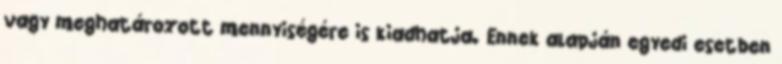
vagy meghatározott mennyiségére is kiadhatja. Ennek alapján egyedi esetben